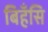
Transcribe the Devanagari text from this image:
बिहँसि